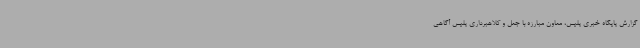
گزارش پایگاه خبری پلیس، معاون مبارزه با جعل و کلاهبرداری پلیس آگاهی